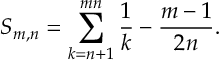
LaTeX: S _ { m , n } = \sum _ { k = n + 1 } ^ { m n } \frac { 1 } { k } - \frac { m - 1 } { 2 n } .